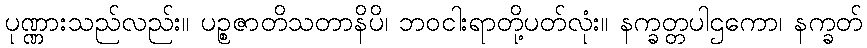
ပုဏ္ဏားသည်လည်း။ ပဉ္စဇာတိသတာနိပိ၊ ဘဝငါးရာတို့ပတ်လုံး။ နက္ခတ္တပါဌကော၊ နက္ခတ်